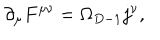
\partial _ { \mu } F ^ { \mu \nu } = \Omega _ { D - 1 } j ^ { \nu } ,